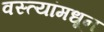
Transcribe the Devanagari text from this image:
वस्त्यांमधून